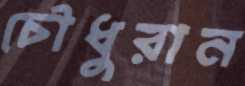
চৌধুরান